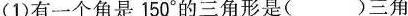
(1)有一个角是150^{\circ}的三角形是( )三角